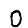
Digit: 0